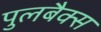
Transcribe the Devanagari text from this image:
पुलबैक्स